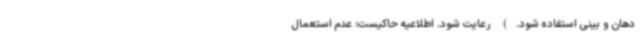
دهان و بینی استفاده شود.) رعایت شود. اطلاعیه حاکیست: عدم استعمال